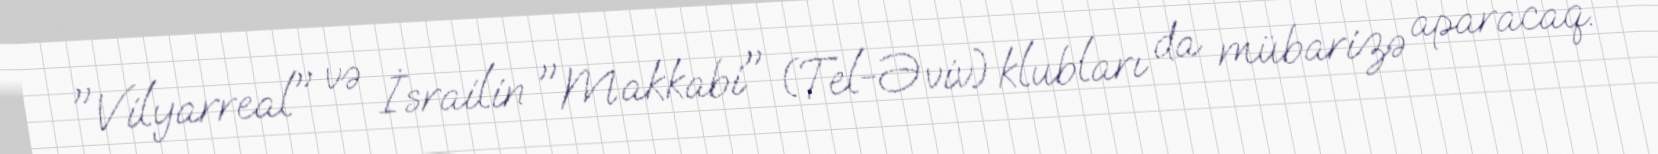
"Vilyarreal" və İsrailin "Makkabi" (Tel-Əviv) klubları da mübarizə aparacaq.